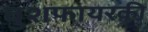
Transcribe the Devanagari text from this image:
बुशफायरकी